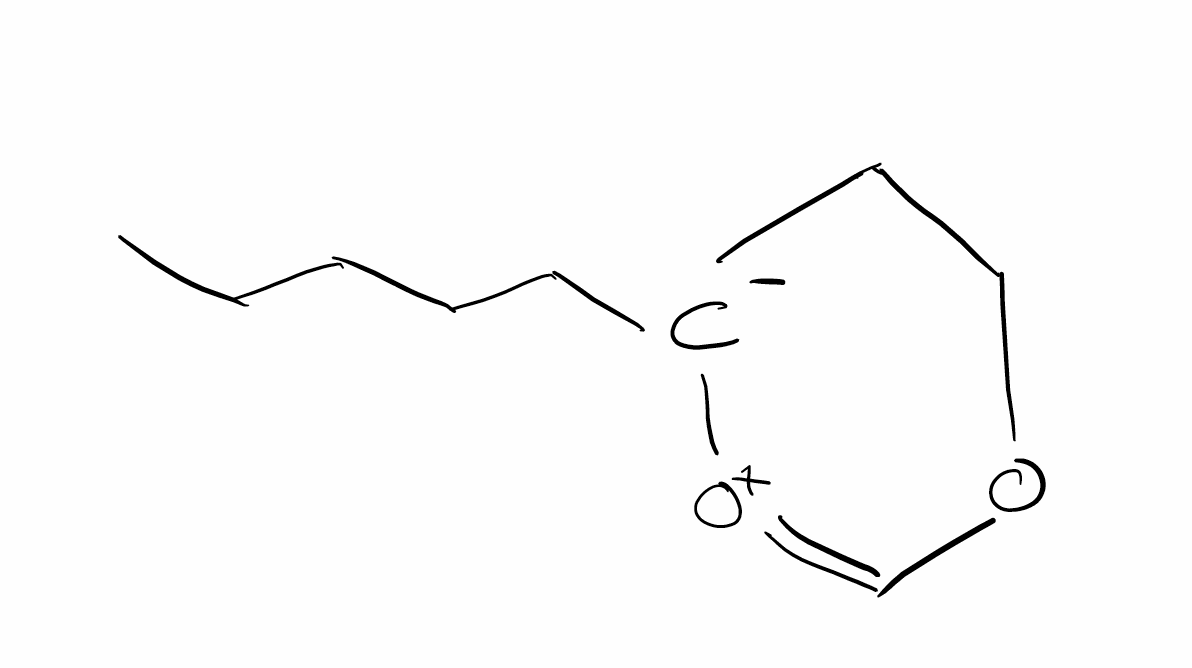
Simplified molecular-input line-entry system (SMILES) notation of the given molecule:
CCCCC[C-]1CCOC=[O+]1